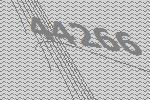
44266